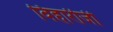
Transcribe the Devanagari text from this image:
विहारीजी